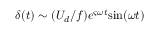
\delta ( t ) \sim ( U _ { d } / f ) e ^ { \varsigma \omega t } \mathrm { s i n } ( \omega t )